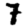
Digit: 7